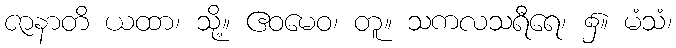
ဇာနာတိ ယထာ၊ သို့။ ဧဝမေဝ၊ တူ။ သကလသရီရေ၊ ၌။ မံသံ၊